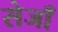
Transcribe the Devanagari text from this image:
सेजाँ